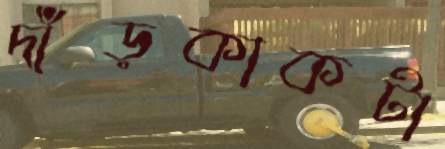
দাঁড়কাকটা